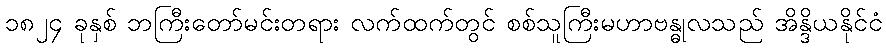
၁၈၂၄ ခုနှစ် ဘကြီးတော်မင်းတရား လက်ထက်တွင် စစ်သူကြီးမဟာဗန္ဓုလသည် အိန္ဒိယနိုင်ငံ